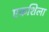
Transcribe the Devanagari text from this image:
एकशिला